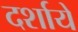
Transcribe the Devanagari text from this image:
दर्शायें